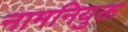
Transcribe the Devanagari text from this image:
नामनियुक्त